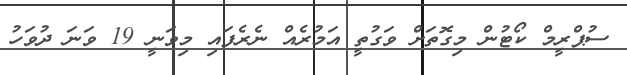
ސުޕްރީމް ކޯޓުން މިގޮތަށް ވަގުތީ އަމުރެއް ނެރެފައި މިވަނީ 19 ވަނަ ދުވަހު